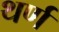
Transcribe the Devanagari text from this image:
थर्ण